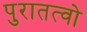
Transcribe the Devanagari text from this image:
पुरातत्वो